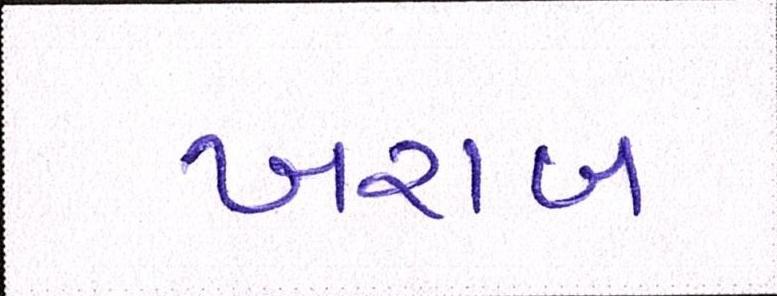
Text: ખરાબ